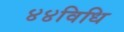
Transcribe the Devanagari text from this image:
४४विधि